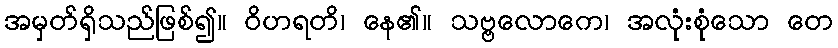
အမှတ်ရှိသည်ဖြစ်၍။ ဝိဟရတိ၊ နေ၏။ သဗ္ဗလောကေ၊ အလုံးစုံသော တေ